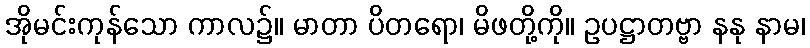
အိုမင်းကုန်သော ကာလ၌။ မာတာ ပိတရော၊ မိဖတို့ကို။ ဥပဋ္ဌာတဗ္ဗာ နနု နာမ၊